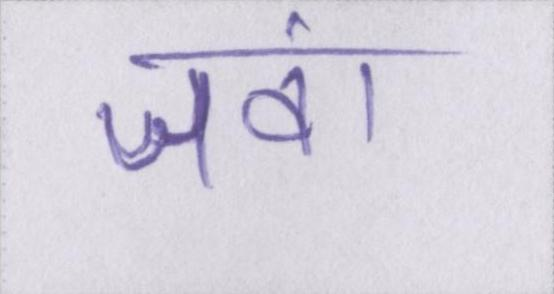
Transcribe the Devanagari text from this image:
जवां